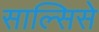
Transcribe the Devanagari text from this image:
साल्सिसे